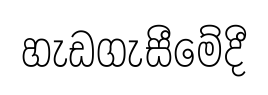
හැඩගැසීමේදී